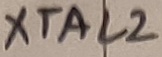
Text: XTAL2